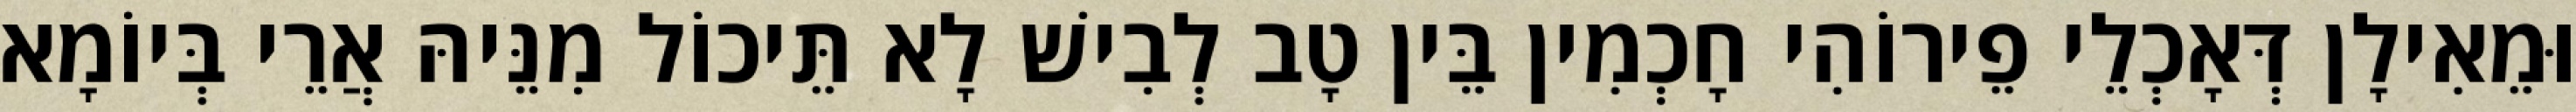
וּמֵאִילָן דְּאָכְלֵי פֵירוֹהִי חָכְמִין בֵּין טָב לְבִישׁ לָא תֵּיכוֹל מִנֵּיהּ אֲרֵי בְּיוֹמָא